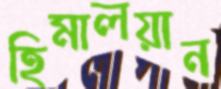
হিমালয়ান